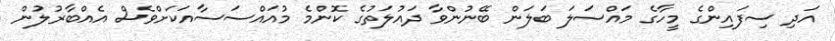
އަދި ސިފައިންގެ މީހާގެ މައްސަލަ ބަލަން ބޭނުންވާ ދައުލަތުގެ ކޮންމެ މުއައްސަސާއަކަށްވެސް އެއްބާރުލުން